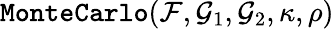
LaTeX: \texttt{MonteCarlo}(\mathcal{F},\mathcal{G}_{1},\mathcal{G}_{2},\kappa,\rho)